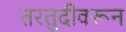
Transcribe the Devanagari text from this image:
तरतुदीवरून